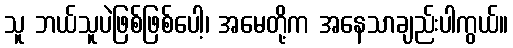
သူ ဘယ်သူပဲဖြစ်ဖြစ်ပေါ့၊ အမေတို့က အနေသာချည်းပါကွယ်။